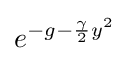
e^{-g-{\frac {\gamma }{2}}y^{2}}